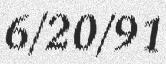
6/20/91